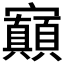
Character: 𡬅